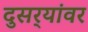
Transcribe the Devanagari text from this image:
दुसर्‍यांवर